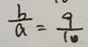
\frac { b } { a } = \frac { 9 } { 1 0 }